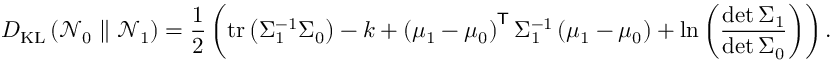
D _ { \mathrm { K L } } \left( { \mathcal { N } } _ { 0 } \parallel { \mathcal { N } } _ { 1 } \right) = { \frac { 1 } { 2 } } \left( \operatorname { t r } \left( \Sigma _ { 1 } ^ { - 1 } \Sigma _ { 0 } \right) - k + \left( \mu _ { 1 } - \mu _ { 0 } \right) ^ { \mathsf { T } } \Sigma _ { 1 } ^ { - 1 } \left( \mu _ { 1 } - \mu _ { 0 } \right) + \ln \left( { \frac { \operatorname* { d e t } \Sigma _ { 1 } } { \operatorname* { d e t } \Sigma _ { 0 } } } \right) \right) .